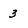
Character: 3